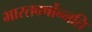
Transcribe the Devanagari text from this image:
भारतवर्षोन्नति